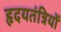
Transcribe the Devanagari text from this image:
हृदयतंत्रियों